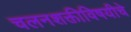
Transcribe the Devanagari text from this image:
चलनशक्तीविषयीचे